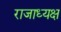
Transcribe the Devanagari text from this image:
राजाध्‍यक्ष